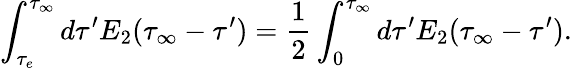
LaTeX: \int_{\tau_{e}}^{\tau_{\infty}}d\tau^{\prime}E_{2}(\tau_{\infty}-\tau^{\prime})={\frac{1}{2}}\int_{0}^{\tau_{\infty}}d\tau^{\prime}E_{2}(\tau_{\infty}-\tau^{\prime}).